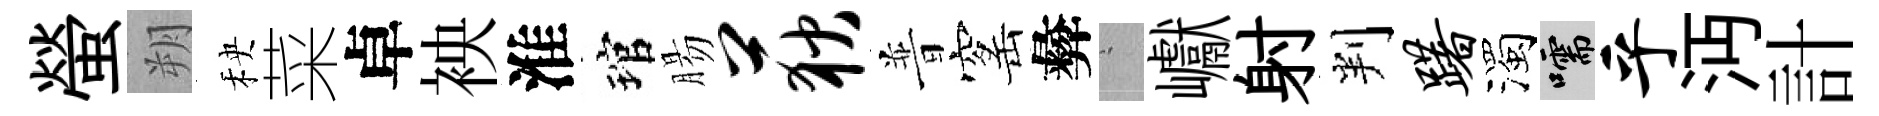
螢朔秧菜卓䘧淮琯腸荻普窰彜搖巘射判躇濁嚅乎沔計